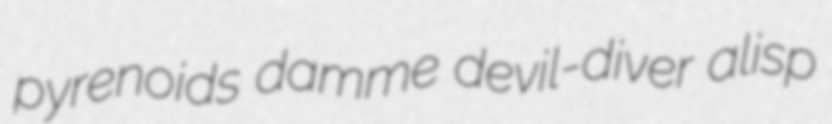
pyrenoids damme devil-diver alisp